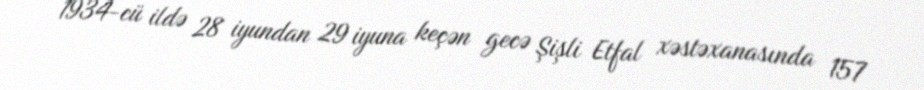
1934-cü ildə 28 iyundan 29 iyuna keçən gecə Şişli Etfal xəstəxanasında 157